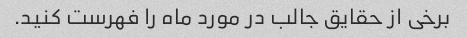
برخی از حقایق جالب در مورد ماه را فهرست کنید.